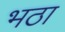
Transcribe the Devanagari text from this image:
भठा